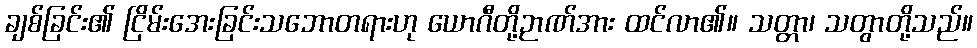
ချစ်ခြင်း၏ ငြိမ်းအေးခြင်းသဘောတရားဟု ယောဂီတို့ဉာဏ်အား ထင်လာ၏။ သတ္တာ၊ သတွာတို့သည်။